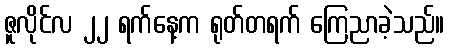
ဇူလိုင်လ ၂၂ ရက်နေ့က ရုတ်တရက် ကြေညာခဲ့သည်။